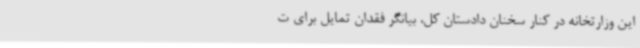
این وزارتخانه در کنار سخنان دادستان کل، بیانگر فقدان تمایل برای ت